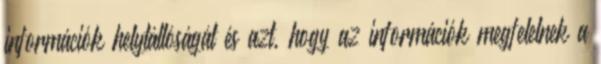
információk helytállóságát és azt, hogy az információk megfelelnek a